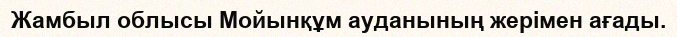
Жамбыл облысы Мойынқұм ауданының жерімен ағады.